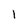
Character: l